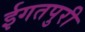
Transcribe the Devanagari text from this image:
ईगतपुरी